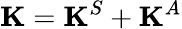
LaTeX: \mathbf{K}=\mathbf{K}^{S}+\mathbf{K}^{A}